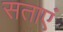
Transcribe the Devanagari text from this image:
सताएं